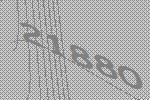
21880